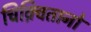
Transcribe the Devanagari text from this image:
चिक़्वितानो